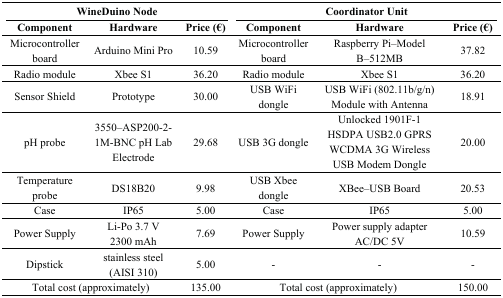
<table><thead><tr><td colspan="3"><b>WineDuino Node</b></td><td colspan="3"><b>Coordinator Unit</b></td></tr><tr><td><b>Component</b></td><td><b>Hardware</b></td><td><b>Price (€)</b></td><td><b>Component</b></td><td><b>Hardware</b></td><td><b>Price (€)</b></td></tr></thead><tbody><tr><td>Microcontroller board</td><td>Arduino Mini Pro</td><td>10.59</td><td>Microcontroller board</td><td>Raspberry Pi–Model B–512MB</td><td>37.82</td></tr><tr><td>Radio module</td><td>Xbee S1</td><td>36.20</td><td>Radio module</td><td>Xbee S1</td><td>36.20</td></tr><tr><td>Sensor Shield</td><td>Prototype</td><td>30.00</td><td>USB WiFi dongle</td><td>USB WiFi (802.11b/g/n) Module with Antenna</td><td>18.91</td></tr><tr><td>pH probe</td><td>3550–ASP200-2-1M-BNC pH Lab Electrode</td><td>29.68</td><td>USB 3G dongle</td><td>Unlocked 1901F-1 HSDPA USB2.0 GPRS WCDMA 3G Wireless USB Modem Dongle</td><td>20.00</td></tr><tr><td>Temperature probe</td><td>DS18B20</td><td>9.98</td><td>USB Xbee dongle</td><td>XBee–USB Board</td><td>20.53</td></tr><tr><td>Case</td><td>IP65</td><td>5.00</td><td>Case</td><td>IP65</td><td>5.00</td></tr><tr><td>Power Supply</td><td>Li-Po 3.7 V 2300 mAh</td><td>7.69</td><td>Power Supply</td><td>Power supply adapter AC/DC 5V</td><td>10.59</td></tr><tr><td>Dipstick</td><td>stainless steel (AISI 310)</td><td>5.00</td><td>-</td><td>-</td><td>-</td></tr><tr><td colspan="2">Total cost (approximately)</td><td>135.00</td><td colspan="2">Total cost (approximately)</td><td>150.00</td></tr></tbody></table>